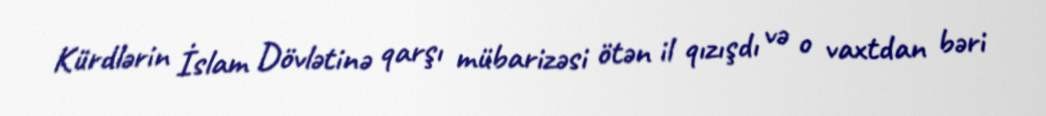
Kürdlərin İslam Dövlətinə qarşı mübarizəsi ötən il qızışdı və o vaxtdan bəri